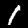
Label: 1